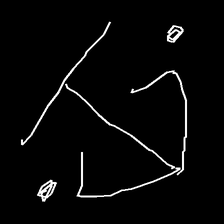
Glyph: earth